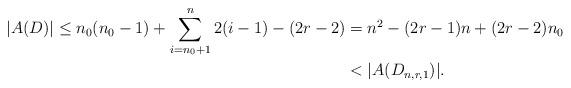
LaTeX: \begin{align*}\lvert A(D) \rvert \le n_0(n_0-1)+\sum_{i=n_0+1}^n 2(i-1)-(2r-2) &=n^2-(2r-1)n+(2r-2)n_0\\ &< \lvert A(D_{n,r,1})\rvert.\end{align*}